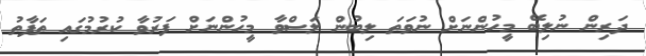
ދަރިން ނުލިބޭ މީހުންނަށް ނުވަތަ ލިބުން ލަސްވާ މީހުންނަށް ފަރުވާ ކުރުމުގައި ތަފާތު